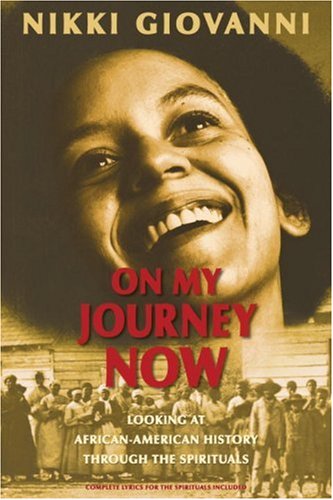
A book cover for On My Journey Now: Looking at African-American History Through the Spirituals; Nikki Giovanni; Teen & Young Adult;